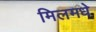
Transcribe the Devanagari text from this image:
मिलमधे